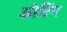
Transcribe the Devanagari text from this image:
ओटिंग